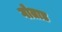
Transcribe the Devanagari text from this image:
गोताड